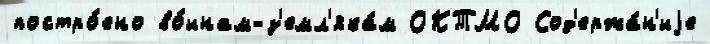
постро́ено во́инам-з'емл'яка́м ОКТМО Сод'ержа́н'иjе